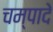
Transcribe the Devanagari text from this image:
चम्पादे